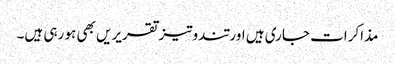
مذاکرات جاری ہیں اور تندوتیز تقریریں بھی ہو رہی ہیں۔